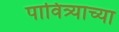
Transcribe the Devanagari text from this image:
पावित्र्याच्या